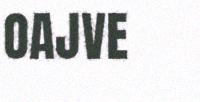
OAJVE